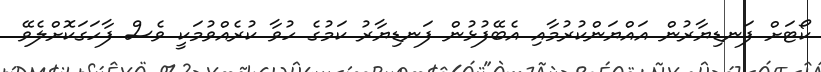
ކޯޓަށް ފަނޑިޔާރުން އައްޔަންކުރުމާއި އެބޭފުޅުން ފަނޑިޔާރު ކަމުގެ ހުވާ ކުރެއްވުމަކީ ވެސް ފާހަގަކޮށްލެވޭ